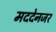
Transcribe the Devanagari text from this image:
मददेनजर